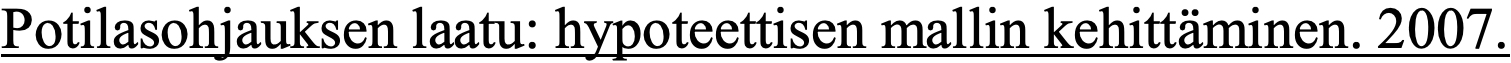
Potilasohjauksen laatu: hypoteettisen mallin kehittäminen. 2007.